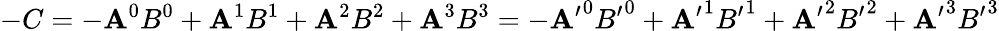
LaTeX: -C=-\mathbf{A}^{0}B^{0}+\mathbf{A}^{1}B^{1}+\mathbf{A}^{2}B^{2}+\mathbf{A}^{3}B^{3}=-{\mathbf{A}^{\prime}}^{0}{B^{\prime}}^{0}+{\mathbf{A}^{\prime}}^{1}{B^{\prime}}^{1}+{\mathbf{A}^{\prime}}^{2}{B^{\prime}}^{2}+{\mathbf{A}^{\prime}}^{3}{B^{\prime}}^{3}